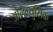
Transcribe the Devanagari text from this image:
ओलम्युसिक